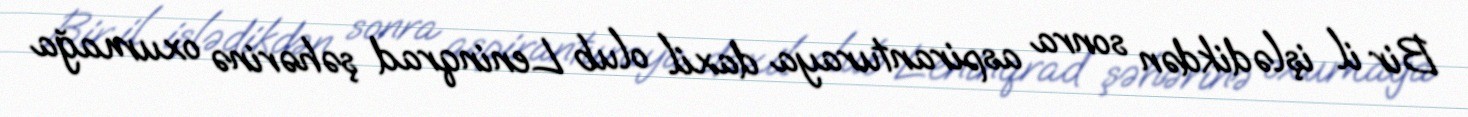
Bir il işlədikdən sonra aspiranturaya daxil olub Leninqrad şəhərinə oxumağa